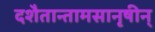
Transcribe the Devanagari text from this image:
दशैतान्तामसानृषीन्